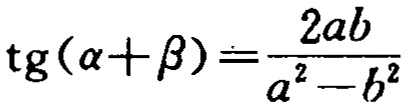
\(\mathrm{tg}(\alpha+\beta)=\frac{2ab}{a^{2}-b^{2}}\)